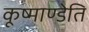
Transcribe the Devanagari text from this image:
कूष्माण्डेति